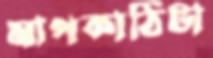
মাপকাঠিটা